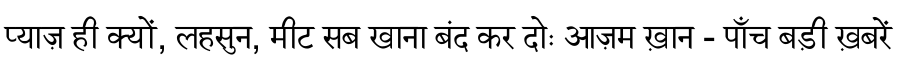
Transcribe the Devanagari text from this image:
प्याज़ ही क्यों, लहसुन, मीट सब खाना बंद कर दोः आज़म ख़ान - पाँच बड़ी ख़बरें